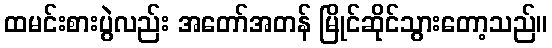
ထမင်းစားပွဲလည်း အတော်အတန် မြိုင်ဆိုင်သွားတော့သည်။